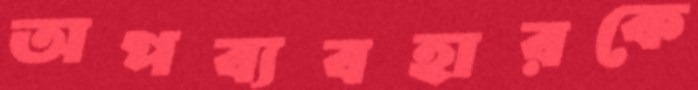
অপব্যবহারকে